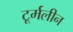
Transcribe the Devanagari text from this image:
टूर्मलीन